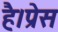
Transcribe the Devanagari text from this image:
है।प्रेस